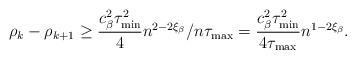
LaTeX: \begin{align*}\rho_k-\rho_{k+1}\geq\frac{c_\beta^2\tau_{\min}^2}{4}n^{2-2\xi_\beta}/n\tau_{\max}=\frac{c_\beta^2\tau_{\min}^2}{4\tau_{\max}}n^{1-2\xi_\beta}.\end{align*}